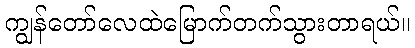
ကျွန်တော်လေထဲမြောက်တက်သွားတာရယ်။